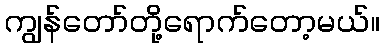
ကျွန်တော်တို့ရောက်တော့မယ်။